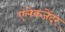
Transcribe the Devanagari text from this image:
एलेकजेंदर